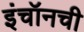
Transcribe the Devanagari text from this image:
इंचॉनची